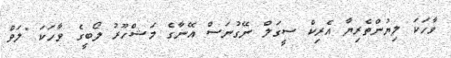
ވާހަކަ ލިޔުންތެރިޔާ އެރިކް ސީގަލް ނޭގުނަސް އޭނާގެ މަޝްހޫރު ލޯބީގެ ވާހަކަ "ލަވް